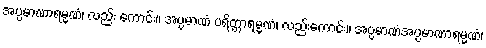
အပ္ပမာဏာရမ္မဏံ၊ လည်း ကောင်း။ အပ္ပမာဏံ ပရိတ္တာရမ္မဏံ၊ လည်းကောင်း။ အပ္ပမာဏံအပ္ပမာဏာရမ္မဏံ၊